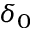
\delta _ { 0 }